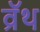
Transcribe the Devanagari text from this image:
व्रॅथ